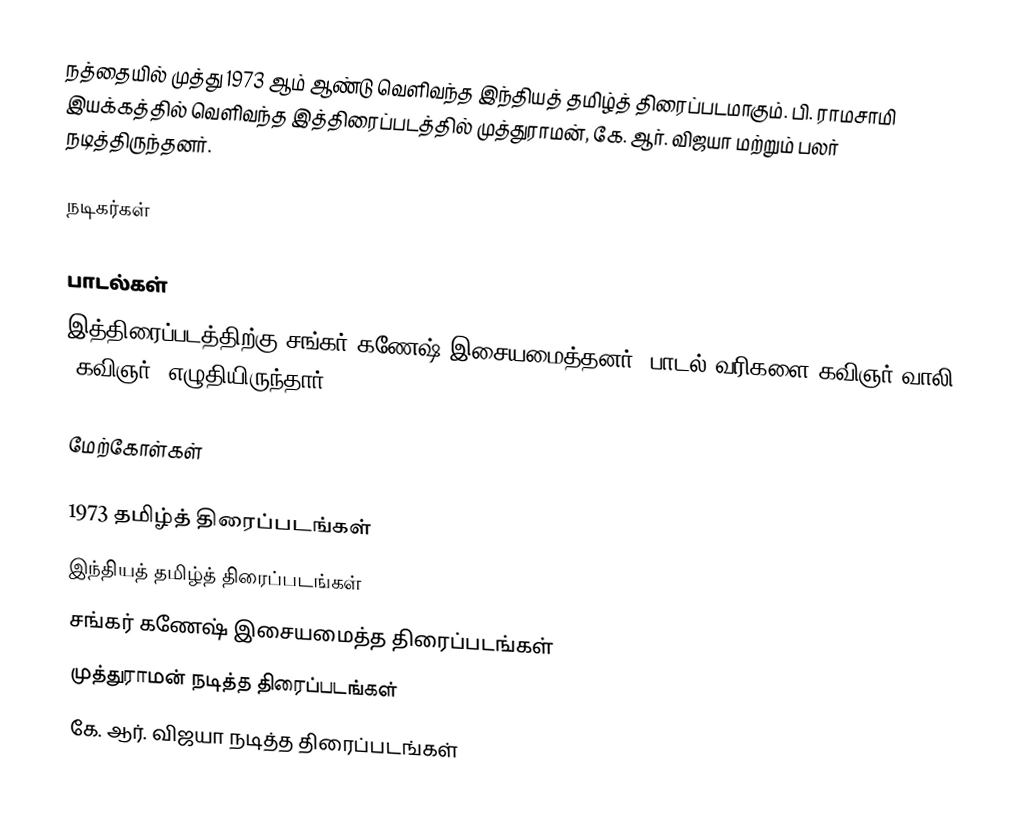
நத்தையில் முத்து 1973 ஆம் ஆண்டு வெளிவந்த இந்தியத் தமிழ்த் திரைப்படமாகும். பி. ராமசாமி இயக்கத்தில் வெளிவந்த இத்திரைப்படத்தில் முத்துராமன், கே. ஆர். விஜயா மற்றும் பலர் நடித்திருந்தனர்.

நடிகர்கள்

பாடல்கள்
இத்திரைப்படத்திற்கு சங்கர் கணேஷ் இசையமைத்தனர். பாடல் வரிகளை கவிஞர் வாலி (கவிஞர்) எழுதியிருந்தார்.

மேற்கோள்கள்

1973 தமிழ்த் திரைப்படங்கள்
இந்தியத் தமிழ்த் திரைப்படங்கள்
சங்கர் கணேஷ் இசையமைத்த திரைப்படங்கள்
முத்துராமன் நடித்த திரைப்படங்கள்
கே. ஆர். விஜயா நடித்த திரைப்படங்கள்